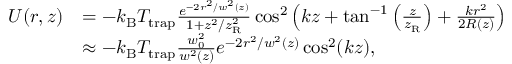
\begin{array} { r l } { U ( r , z ) } & { = - k _ { \mathrm { B } } T _ { \mathrm { t r a p } } \frac { e ^ { - 2 r ^ { 2 } / w ^ { 2 } ( z ) } } { 1 + z ^ { 2 } / z _ { \mathrm { R } } ^ { 2 } } \cos ^ { 2 } \left( k z + \tan ^ { - 1 } \left( \frac { z } { z _ { \mathrm { R } } } \right) + \frac { k r ^ { 2 } } { 2 R ( z ) } \right) } \\ & { \approx - k _ { \mathrm { B } } T _ { \mathrm { t r a p } } \frac { w _ { 0 } ^ { 2 } } { w ^ { 2 } ( z ) } e ^ { - 2 r ^ { 2 } / w ^ { 2 } ( z ) } \cos ^ { 2 } ( k z ) , } \end{array}